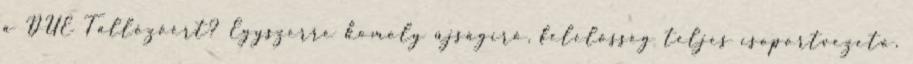
a DUE Tallózóért? Egyszerre komoly újságíró, felelősség teljes csoportvezető,